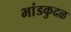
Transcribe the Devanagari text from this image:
भांडकुदळ